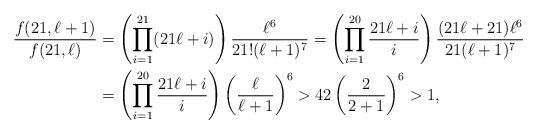
LaTeX: \begin{align*}\frac{f(21,\ell+1)}{f(21,\ell)}&=\left(\prod_{i=1}^{21}(21\ell+i) \right)\frac{\ell^6}{21!(\ell+1)^7}=\left(\prod_{i=1}^{20}\frac{21\ell+i}{i}\right)\frac{(21\ell+21)\ell^6}{21(\ell+1)^7} \\&=\left(\prod_{i=1}^{20}\frac{21\ell+i}{i}\right) \left(\frac{ \ell}{\ell+1}\right)^6 >42\left(\frac{2}{2+1}\right)^6>1, \end{align*}